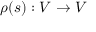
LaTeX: \rho ( s ) : V \to V